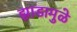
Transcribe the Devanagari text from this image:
झाडामुळे